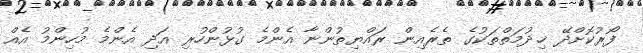
ފޯރުކޮށްދޭ ޚިދުމަތްތަކުގެ ތެރެއިން ރައްޔިތުންނާ އެންމެ ގުޅުންހުރި އަދި އެންމެ މުހިންމު އެއް